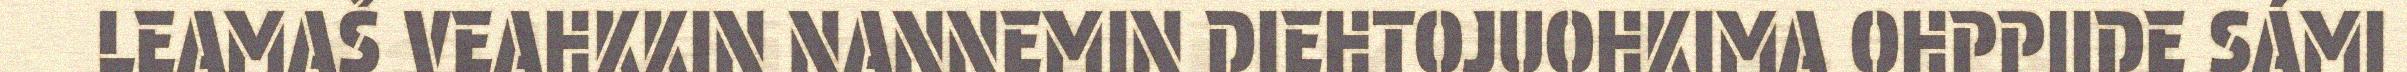
LEAMAŠ VEAHKKIN NANNEMIN DIEHTOJUOHKIMA OHPPIIDE SÁMI